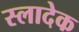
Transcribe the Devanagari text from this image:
स्लादेक